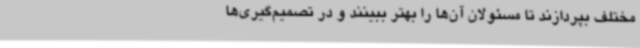
مختلف بپردازند تا مسئولان آن‌ها را بهتر ببینند و در تصمیم‌گیری‌ها